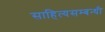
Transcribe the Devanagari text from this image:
साहित्यसम्बन्धी